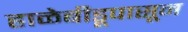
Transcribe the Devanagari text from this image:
हाळेबीडूपासून